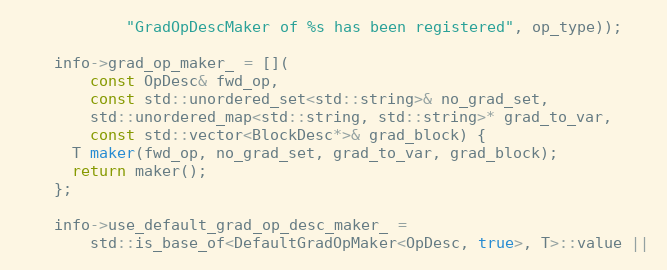
Language: C
            "GradOpDescMaker of %s has been registered", op_type));

    info->grad_op_maker_ = [](
        const OpDesc& fwd_op,
        const std::unordered_set<std::string>& no_grad_set,
        std::unordered_map<std::string, std::string>* grad_to_var,
        const std::vector<BlockDesc*>& grad_block) {
      T maker(fwd_op, no_grad_set, grad_to_var, grad_block);
      return maker();
    };

    info->use_default_grad_op_desc_maker_ =
        std::is_base_of<DefaultGradOpMaker<OpDesc, true>, T>::value ||